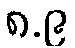
၈.၉